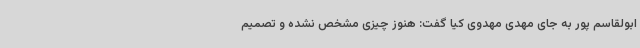
ابولقاسم پور به جای مهدی مهدوی کیا گفت: هنوز چیزی مشخص نشده و تصمیم